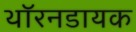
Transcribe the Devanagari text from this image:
थॉरनडायक